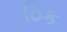
ઠિક